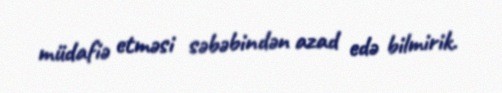
müdafiə etməsi səbəbindən azad edə bilmirik.